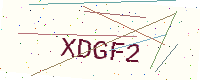
Text: XDGF2